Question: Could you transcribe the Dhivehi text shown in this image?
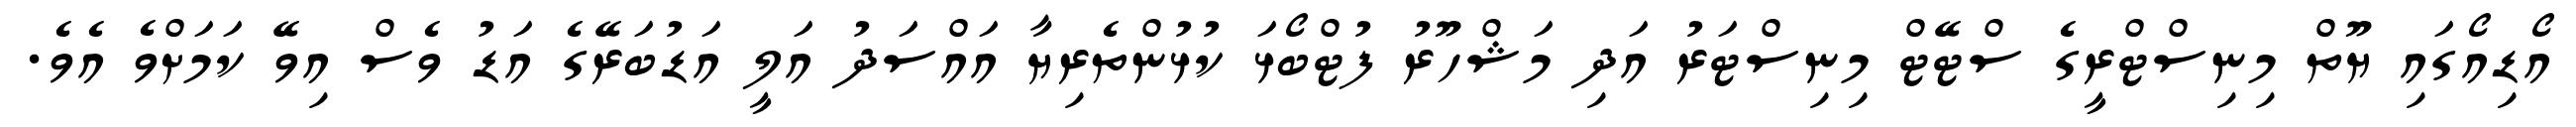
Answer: އޯޑިއޯގައި ޔޫތް މިނިސްޓްރީގެ ސްޓޭޓް މިނިސްޓަރު އަދި މަޝްހޫރު ފުޓްބޯޅަ ކުޅުންތެރިޔާ އައްސަދު އަލީ އަޑުބަރޭގެ އަޑު ވެސް އިވޭ ކަމަށްވެ އެވެ.